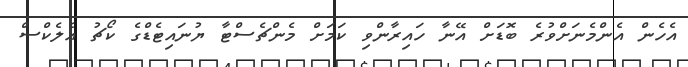
އެހެން އެންމެނަށްވުރެ ބޮޑަށް އޭނާ ހައިރާންވި ކަމަށް މެންޗެސްޓާ ޔުނައިޓެޑްގެ ކޯޗު އެލެކްސް